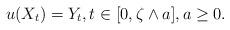
LaTeX: \begin{align*}u(X_t)=Y_t,t\in [0,\zeta\wedge a],a\ge 0.\end{align*}